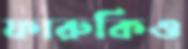
ফারুকিও